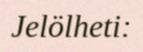
Jelölheti: